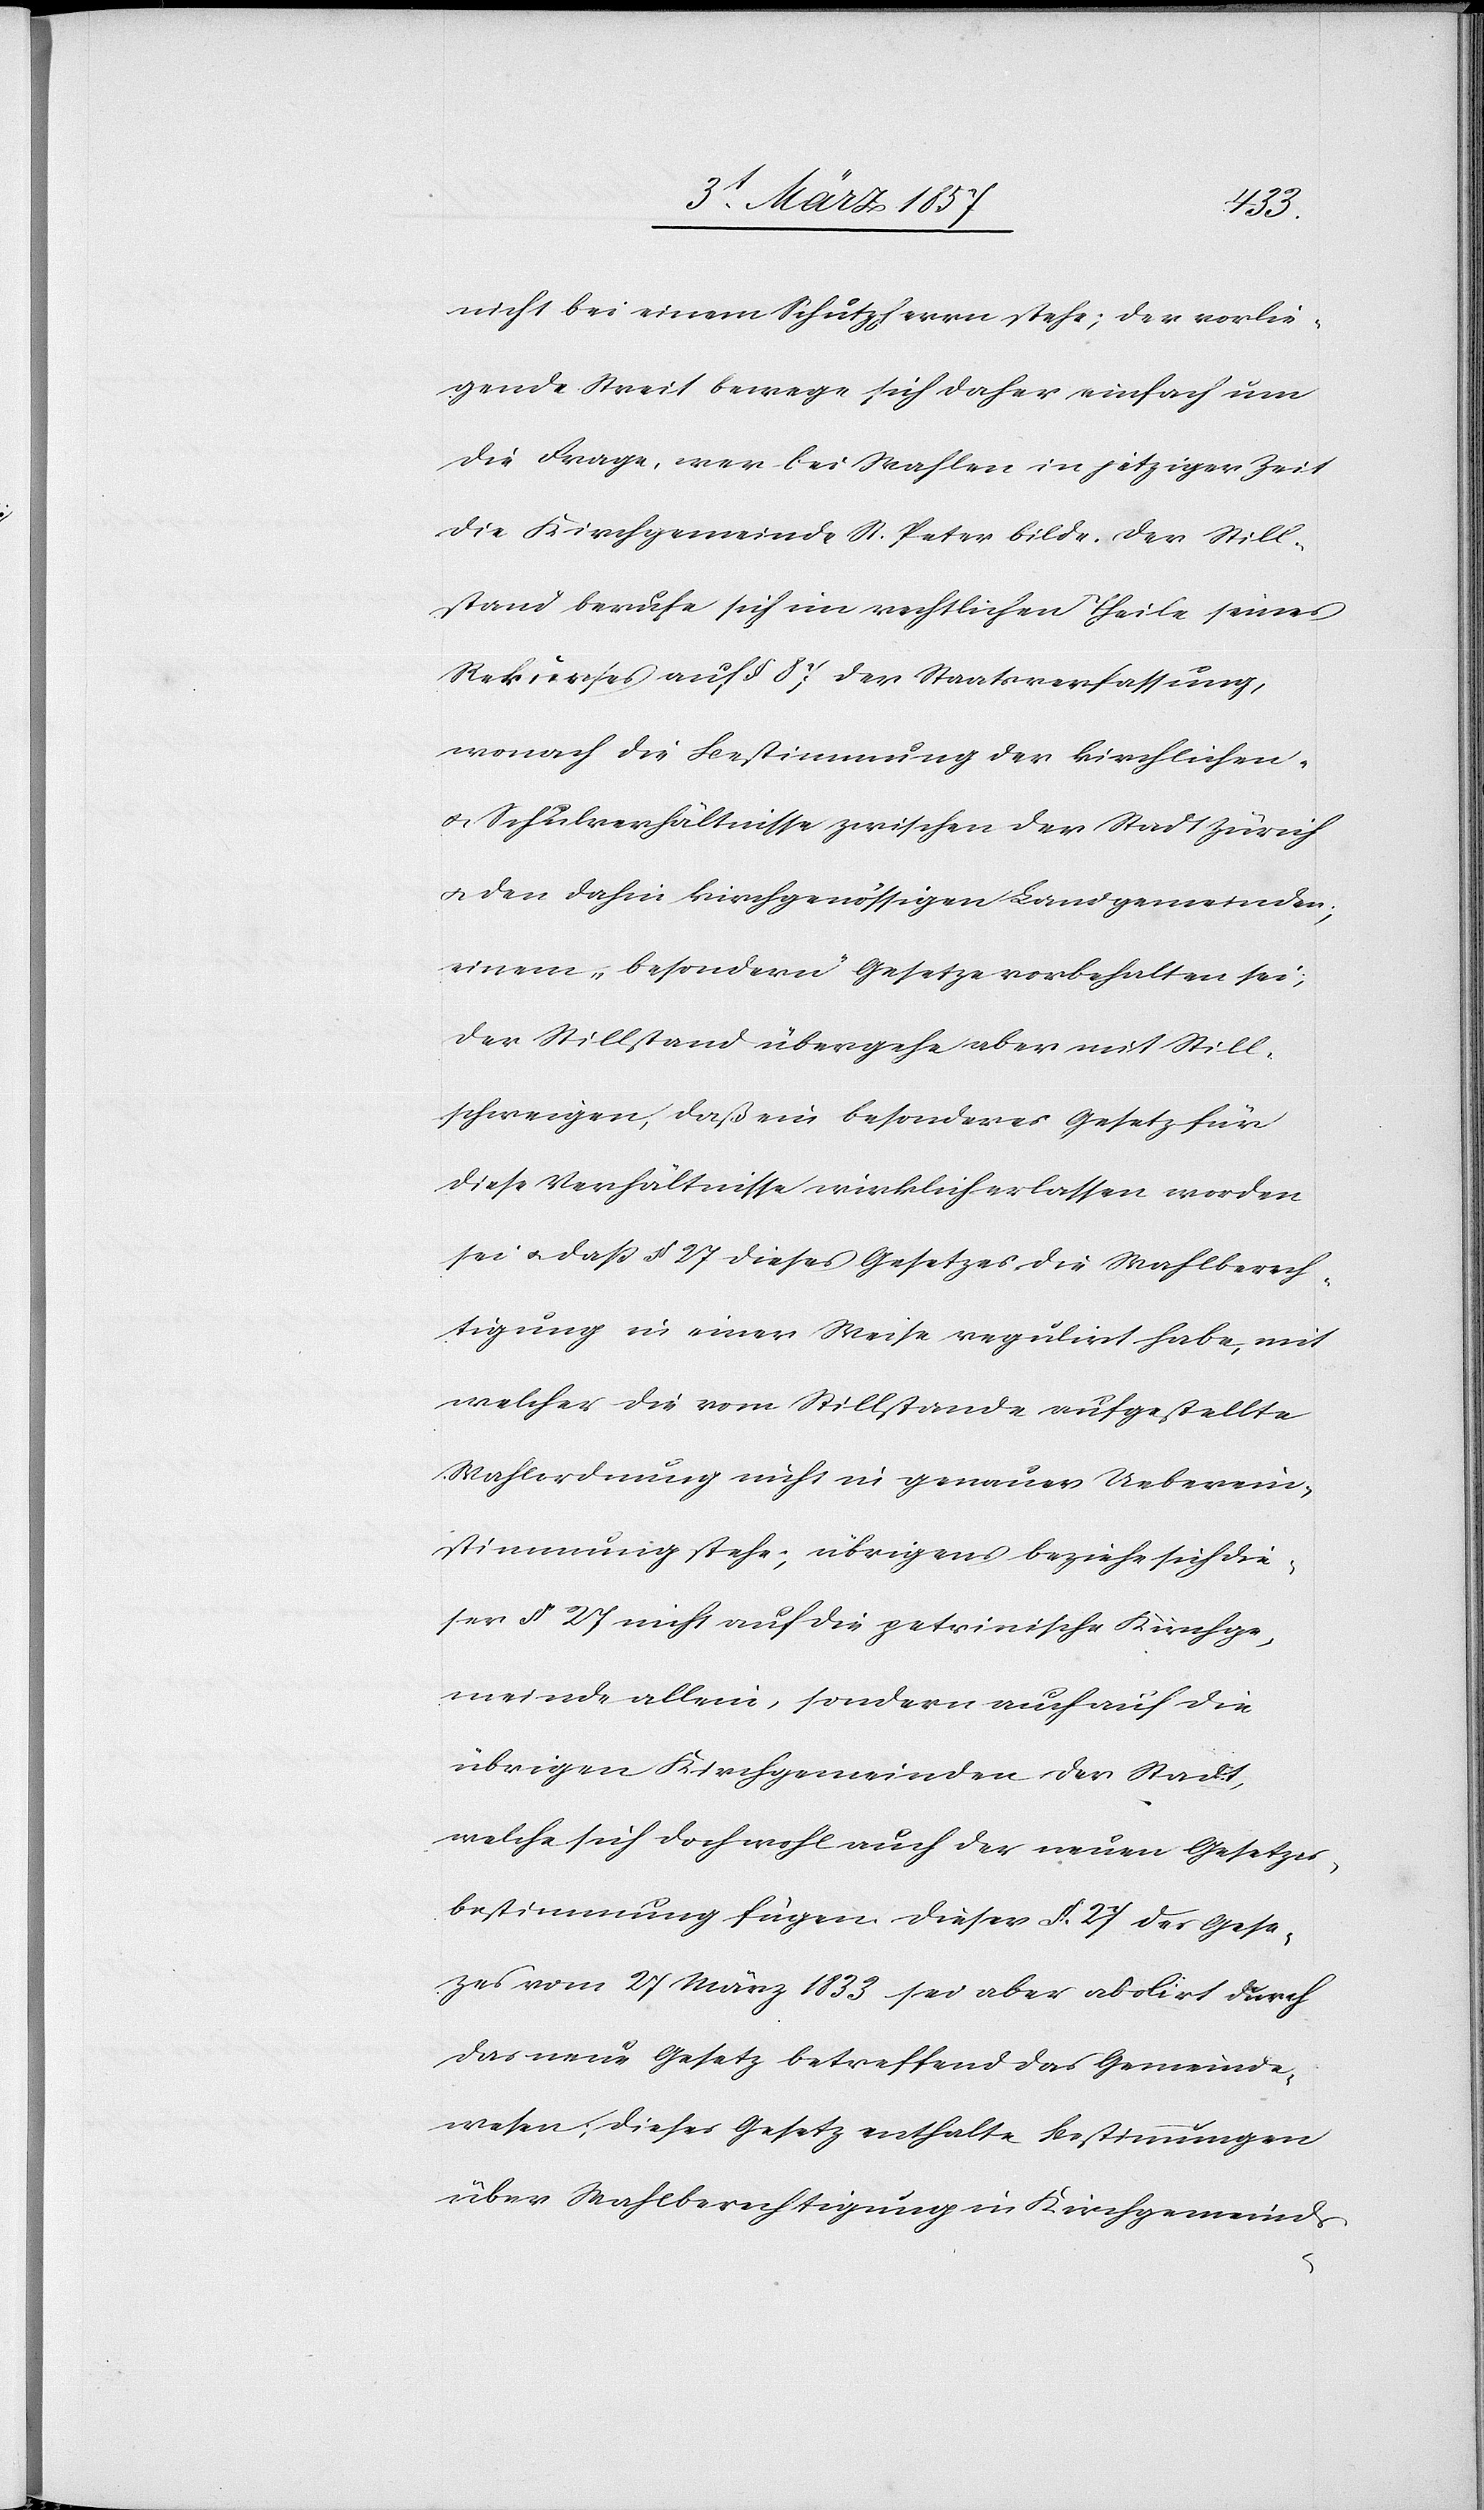
nicht bei einem Schützherrn stehe; der vorlie¬
gende Streit bewege sich daher einfach um
die Frage, wer bei Wahlen in jetziger Zeit
die Kirchgemeinde St. Peter bilde. Der Still¬
stand berufe sich ein rechtlichen Theile seines
Rekurses auf § 87 der Staatsverfassung,
wonach die Bestimmung der kirchlichen-
u. Schulverhältnisse zwischen der Stadt Zürich
u. den dahin kirchgenössigen Landgemeinden;
einem „besondern“ Gesetze vorbehalten sei;
der Stillstand übergehe aber mit Still¬
schweigen, daß ein besonderes Gesetz für
diese Verhältnisse wirklich erlassen worden
sei u. daß § 27 dieses Gesetzes die Wahlberech¬
tigung in einer Weise regulirt habe, mit
welcher die vom Stillstande aufgestellte
Wahlordnung nicht in genauer Ueberein¬
stimmung stehe; übrigens beziehe sich die¬
ser § 27 nicht auf die petrinische Kirchge¬
meinde allein, sondern auch auf die
übrigen Kirchgemeinden der Stadt,
welche sich doch wohl auch der neuen Gesetzes¬
bestimmung fügen. dieser § 27 des Gese¬
zes vom 27 März 1833 sei aber abolirt durch
das neue Gesetz betreffend das Gemeinde¬
wesen; dieses Gesetz enthalte Bestimmungen
über Wahlberechtigung in Kirchgemeinds-